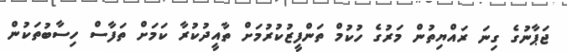
ޖަޕާނުގެ ގިނަ ރައްޔިތުން މަރުގެ ހުކުމް ތަންފީޒުކުރުމަށް ތާއީދުކުރާ ކަމަށް ތަފާސް ހިސާބުތަކުން